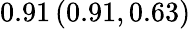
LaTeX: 0.91\left(0.91,0.63\right)